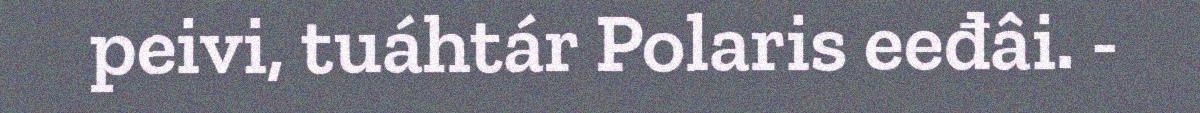
peivi, tuáhtár Polaris eeđâi. -